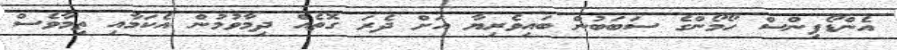
އެންޑޯފިންސް ހޯމޯންގެ ސަބަބުން ބައިވެރިޔާ އަށް ދެރަ ގޮތެއް ދިމާވުމުން އެކަމާއި ތިމާވެސް